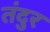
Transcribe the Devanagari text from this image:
तंदुर